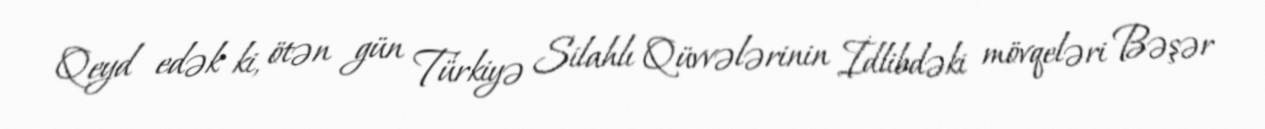
Qeyd edək ki, ötən gün Türkiyə Silahlı Qüvvələrinin İdlibdəki mövqeləri Bəşər